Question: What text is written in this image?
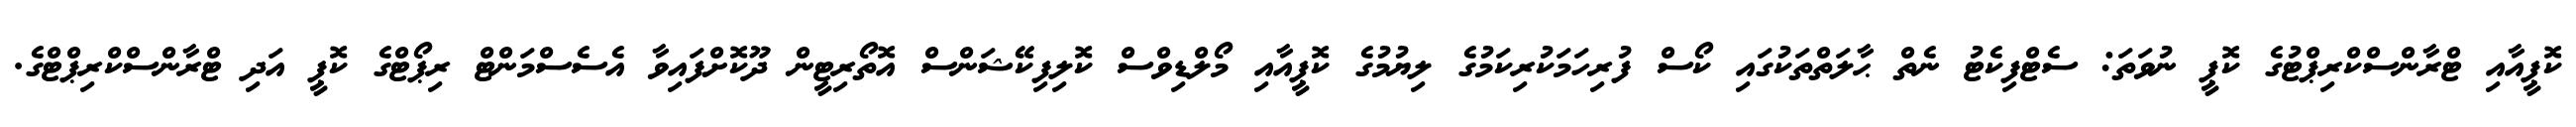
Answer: ކޮޕީއާއި ޓްރާންސްކްރިޕްޓުގެ ކޮޕީ ނުވަތަ: ސެޓްފިކެޓު ނެތް ޙާލަތްތަކުގައި ކޯސް ފުރިހަމަކުރިކަމުގެ ލިޔުމުގެ ކޮޕީއާއި މޯލްޑިވްސް ކޮލިފިކޭޝަންސް އޮތޯރިޓީން ދޫކޮށްފައިވާ އެސެސްމަންޓް ރިޕޯޓްގެ ކޮޕީ އަދި ޓްރާންސްކްރިޕްޓްގެ.